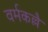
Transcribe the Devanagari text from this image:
वर्मकल्लै